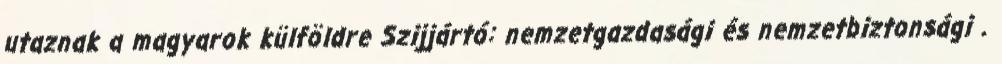
utaznak a magyarok külföldre Szijjártó: nemzetgazdasági és nemzetbiztonsági .